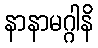
နာနာမဂ္ဂါနိ